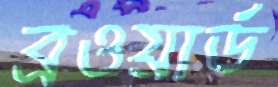
ব্রওয়ার্ড